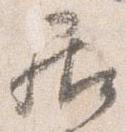
居